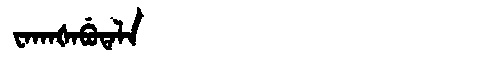
Manchu: ᠸᠠᡴᠠᡧᠠᠪᡠᡨᠠᠯᠠ
Romanization: WAKAŠABUTALA